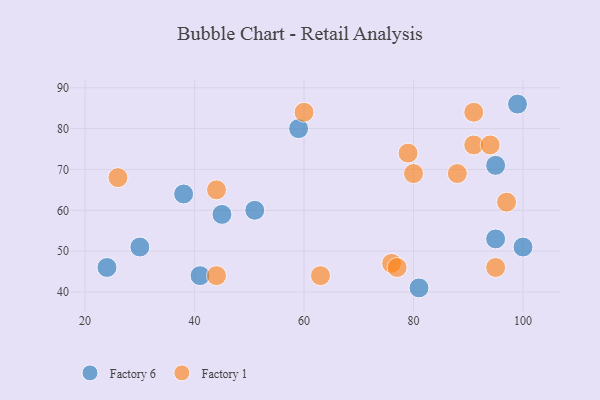
{"axis": {"x": "GDP", "y": "Life Expectancy"}, "legend": ["Factory 1", "Factory 6"], "data": [{"x": "99", "y": 86, "type": "Factory 6"}, {"x": "100", "y": 51, "type": "Factory 6"}, {"x": "45", "y": 59, "type": "Factory 6"}, {"x": "30", "y": 51, "type": "Factory 6"}, {"x": "81", "y": 41, "type": "Factory 6"}, {"x": "51", "y": 60, "type": "Factory 6"}, {"x": "95", "y": 71, "type": "Factory 6"}, {"x": "95", "y": 53, "type": "Factory 6"}, {"x": "59", "y": 80, "type": "Factory 6"}, {"x": "24", "y": 46, "type": "Factory 6"}, {"x": "38", "y": 64, "type": "Factory 6"}, {"x": "41", "y": 44, "type": "Factory 6"}, {"x": "76", "y": 47, "type": "Factory 1"}, {"x": "80", "y": 69, "type": "Factory 1"}, {"x": "79", "y": 74, "type": "Factory 1"}, {"x": "91", "y": 76, "type": "Factory 1"}, {"x": "95", "y": 46, "type": "Factory 1"}, {"x": "91", "y": 84, "type": "Factory 1"}, {"x": "97", "y": 62, "type": "Factory 1"}, {"x": "88", "y": 69, "type": "Factory 1"}, {"x": "94", "y": 76, "type": "Factory 1"}, {"x": "26", "y": 68, "type": "Factory 1"}, {"x": "60", "y": 84, "type": "Factory 1"}, {"x": "44", "y": 44, "type": "Factory 1"}, {"x": "63", "y": 44, "type": "Factory 1"}, {"x": "77", "y": 46, "type": "Factory 1"}, {"x": "44", "y": 65, "type": "Factory 1"}]}